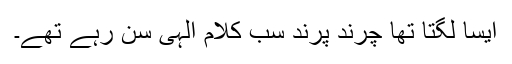
ایسا لگتا تھا چرند پرند سب کلام الہی سن رہے تھے۔